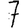
Digit: 7